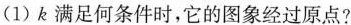
(1)k满足何条件时，它的图象经过原点?